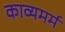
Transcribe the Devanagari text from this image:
काव्यमर्म